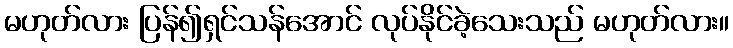
မဟုတ်လား ပြန်၍ရှင်သန်အောင် လုပ်နိုင်ခဲ့သေးသည် မဟုတ်လား။